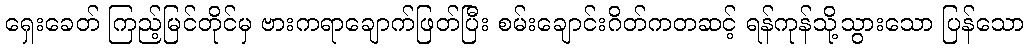
ရှေးခေတ် ကြည့်မြင်တိုင်မှ ဗားကရာချောက်ဖြတ်ပြီး စမ်းချောင်းဂိတ်ကတဆင့် ရန်ကုန်သို့သွားသော ပြန်သော